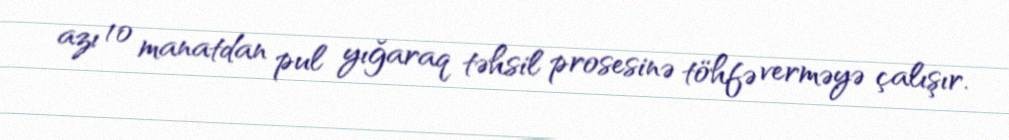
azı 10 manatdan pul yığaraq təhsil prosesinə töhfə verməyə çalışır.